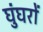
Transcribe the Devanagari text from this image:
घुंघरों